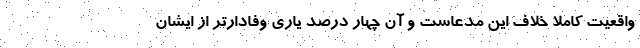
واقعیت کاملا خلاف این مدعاست و آن چهار درصد یاری وفادارتر از ایشان